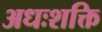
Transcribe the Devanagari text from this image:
अधःशक्ति